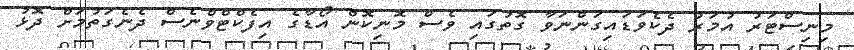
މިނިސްޓަރު އުމަރު ދެކެވަޑައިގަންނަވާ ގޮތުގައި ވެސް މޮނިކޮން އޯޑާގެ އިފެކްޓްވްނެސް ދެނެގަތުމަށް ދޮޅު